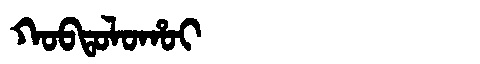
Manchu: ᡴᠣᠪᡨᠣᠯᠣᡥᠣᡳ
Romanization: KOBTOLOHOI